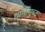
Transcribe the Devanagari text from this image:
धानीगुच्द